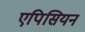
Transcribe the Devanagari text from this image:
एपिसियन